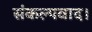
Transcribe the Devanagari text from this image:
संकल्पवाद।